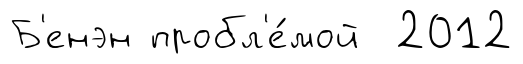
Б'енэн пробл'е́мой 2012